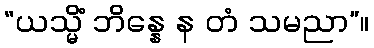
“ယသ္မိံ ဘိန္နေ န တံ သမညာ”။